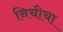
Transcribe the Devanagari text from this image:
निचीचा